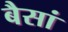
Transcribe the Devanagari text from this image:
बैसां